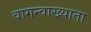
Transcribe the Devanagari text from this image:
वागन्वाख्याता